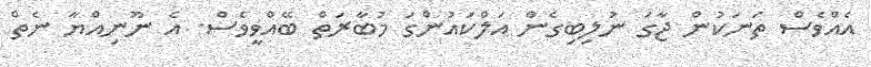
އެއްވެސް ތަނަކުން ޖާގަ ނުލިބިގެން އަލްކައުންގަ މުބާރަތް ބޭއްވީވެސް. އެ ނޫނިއްޔާ ނެތް